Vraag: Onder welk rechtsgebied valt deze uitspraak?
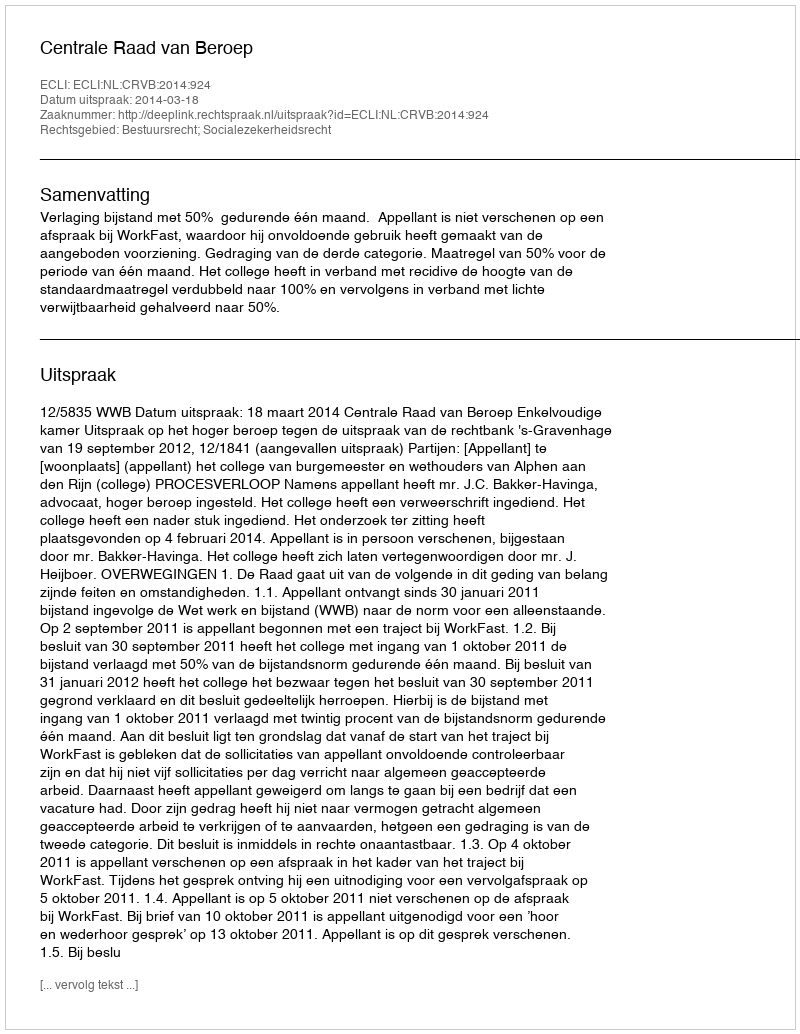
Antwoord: Bestuursrecht; Socialezekerheidsrecht